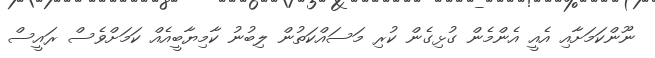
ނޫންކަމަށާއި އެއީ އެންމެން ގުޅިގެން ކުރި މަސައްކަތުން ލިބުނު ކާމިޔާބީއެއް ކަމަށްވެސް ރައީސް